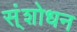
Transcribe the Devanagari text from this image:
स्ंशोधन